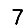
Digit: 7